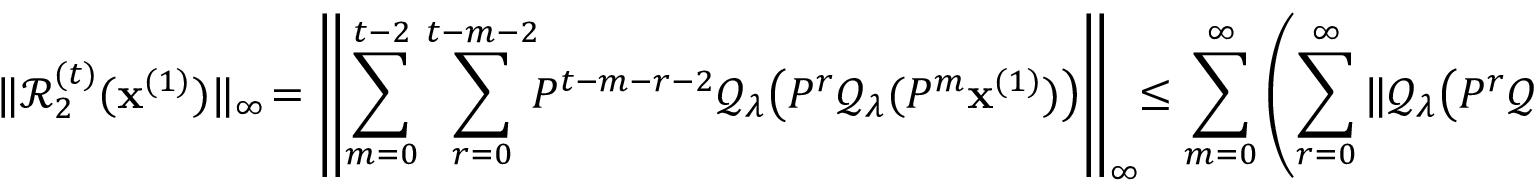
\| \mathcal { R } _ { 2 } ^ { ( t ) } ( \mathbf { x } ^ { ( 1 ) } ) \| _ { \infty } \! = \left\| \sum _ { m = 0 } ^ { t - 2 } \sum _ { r = 0 } ^ { t - m - 2 } \! \! P ^ { t - m - r - 2 } \mathcal { Q } _ { \lambda } \big ( P ^ { r } \mathcal { Q } _ { \lambda } ( P ^ { m } \mathbf { x } ^ { ( 1 ) } ) \big ) \right\| _ { \infty } \! \! \leq \sum _ { m = 0 } ^ { \infty } \left( \sum _ { r = 0 } ^ { \infty } \| \mathcal { Q } _ { \lambda } \big ( P ^ { r } \mathcal { Q } _ { \lambda } ( P ^ { m } \mathbf { x } ^ { ( 1 ) } ) \big ) \| _ { \infty } \right) .